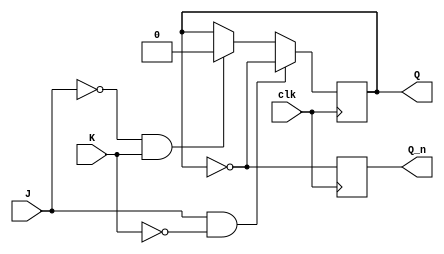
module neg_edge_triggered_jk_ff (
    input wire clk,
    input wire J,
    input wire K,
    output reg Q,
    output reg Q_n
);

always @ (negedge clk) begin
    if (J & !K) begin
        Q <= ~Q;
    end
    else if (!J & K) begin
        Q <= 1'b0;
    end
    else if (J & K) begin
        Q <= Q;
    end
    else if (!J & !K) begin
        Q <= Q;
    end
    
    Q_n <= ~Q;
end

endmodule